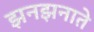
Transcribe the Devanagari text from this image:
झनझनाते